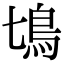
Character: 𩾔